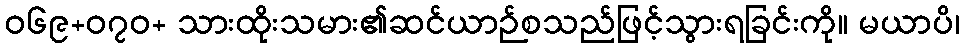
ဝ၆၉+၀၇ဝ+ သားထိုးသမား၏ဆင်ယာဉ်စသည်ဖြင့်သွားရခြင်းကို။ မယာပိ၊